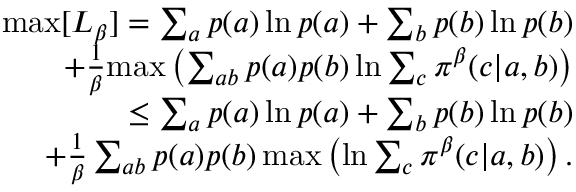
\begin{array} { r l r } & { } & { \mathrm { m a x } [ L _ { \beta } ] = \sum _ { a } p ( a ) \ln p ( a ) + \sum _ { b } p ( b ) \ln p ( b ) } \\ & { } & { + \frac { 1 } { \beta } \mathrm { m a x } \left( \sum _ { a b } p ( a ) p ( b ) \ln \sum _ { c } \pi ^ { \beta } ( c | a , b ) \right) } \\ & { } & { \leq \sum _ { a } p ( a ) \ln p ( a ) + \sum _ { b } p ( b ) \ln p ( b ) } \\ & { } & { + \frac { 1 } { \beta } \sum _ { a b } p ( a ) p ( b ) \, \mathrm { m a x } \left( \ln \sum _ { c } \pi ^ { \beta } ( c | a , b ) \right) . } \end{array}